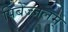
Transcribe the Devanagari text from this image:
पिबेज्जलम्